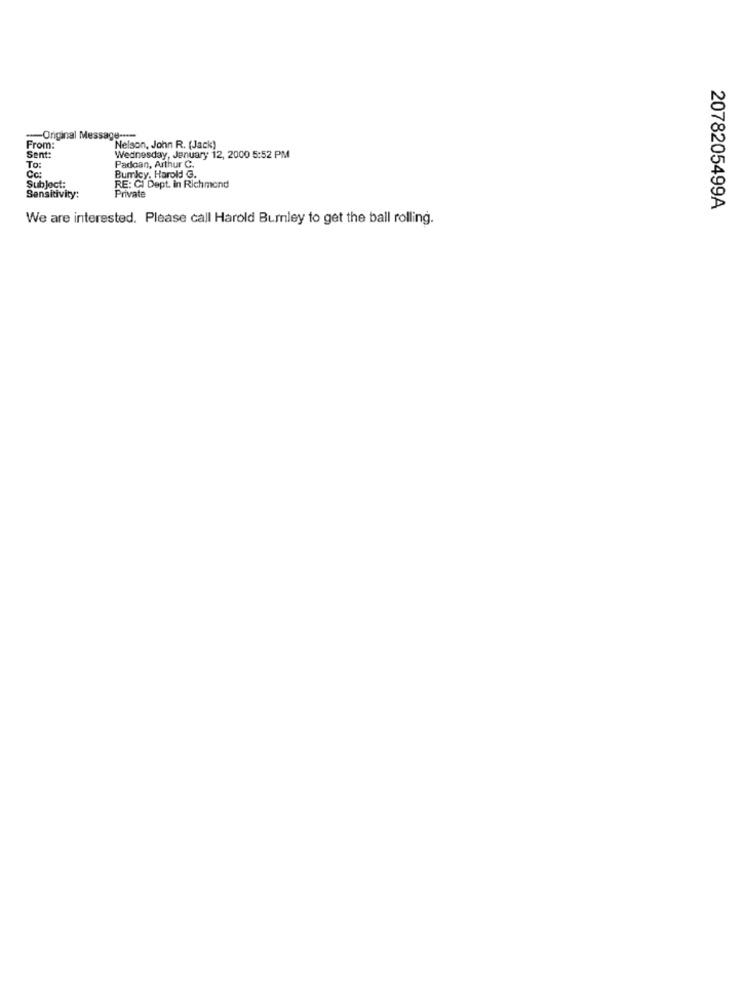
--- Original Message -.....
From:
Nelson, John R. (Jack)
Sent:
Wednesday, January 12, 2000 5:52 PM
To:
Padoan, Arthur C.
Cc:
Bumlcy, Harold G.
Subject:
RE: CI Dept. in Richmond
Private
Sensitivity:
2078205499A
We are interested. Please call Harold Burnley to get the ball rolling.